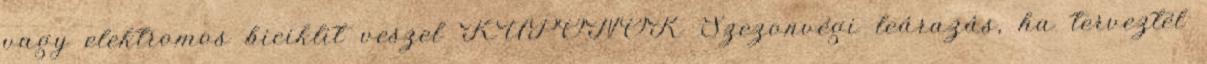
vagy elektromos biciklit veszel KUPONOK Szezonvégi leárazás, ha terveztél